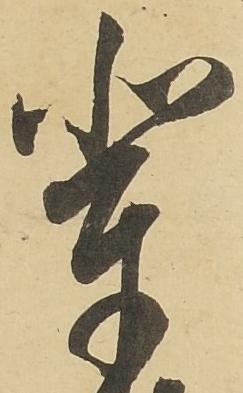
輩